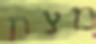
מצת